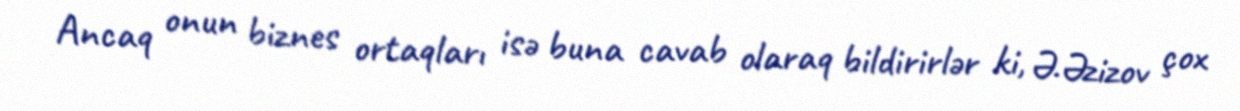
Ancaq onun biznes ortaqları isə buna cavab olaraq bildirirlər ki, Ə.Əzizov çox